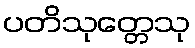
ပတိသုတ္တေသု